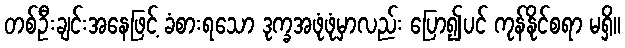
တစ်ဦးချင်းအနေဖြင့် ခံစားရသော ဒုက္ခအဖုံဖုံမှာလည်း ပြော၍ပင် ကုန်နိုင်စရာ မရှိ။